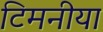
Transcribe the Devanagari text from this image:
टिमनीया